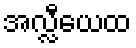
အလ္လီယေထ